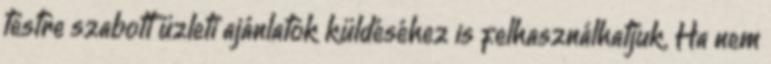
testre szabott üzleti ajánlatok küldéséhez is felhasználhatjuk. Ha nem